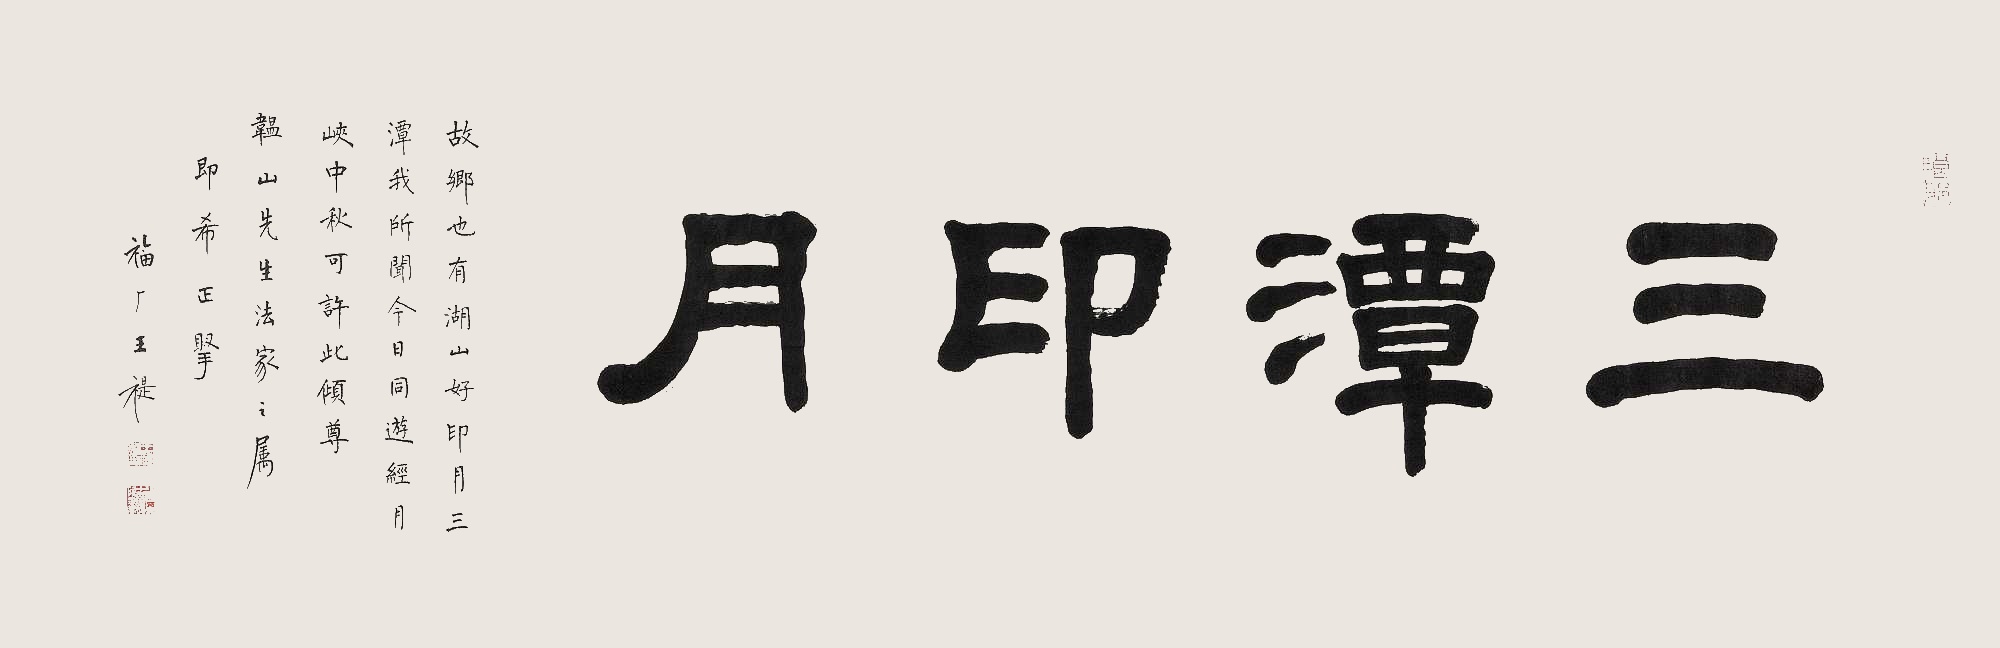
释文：三潭印月。故乡也有湖山好，印月三潭我所闻。今日同游经月峡，中秋可许此倾尊。韫山先生法家之属，即希正臂，福厂王褆。